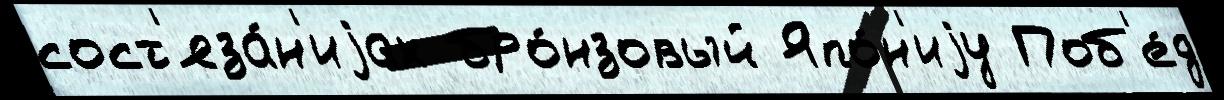
сост'яза́н'иjах бро́нзовый Япо́н'иjу Поб'е́д